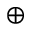
\oplus